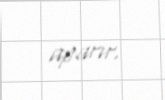
aparır.